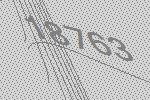
18763